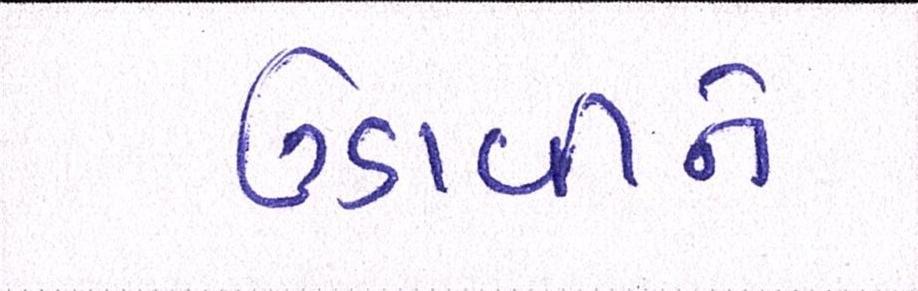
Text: ઉડાવીને